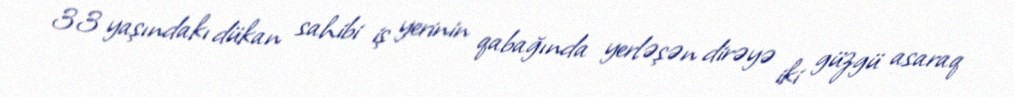
33 yaşındakı dükan sahibi iş yerinin qabağında yerləşən dirəyə iki güzgü asaraq